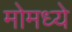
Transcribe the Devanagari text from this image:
मोमध्ये